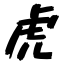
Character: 虎